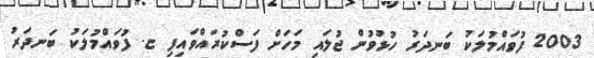
2003 ފުވައްމުލަކު ބަނދަރު ހުޅުވުން ޖުލައި މަހަށް ފަސްކުރައްވައިފި ޏ. ފުވައްމުލަކު ބަނދަރު